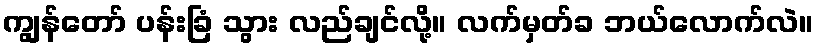
ကျွန်တော် ပန်းခြံ သွား လည်ချင်လို့။ လက်မှတ်ခ ဘယ်လောက်လဲ။